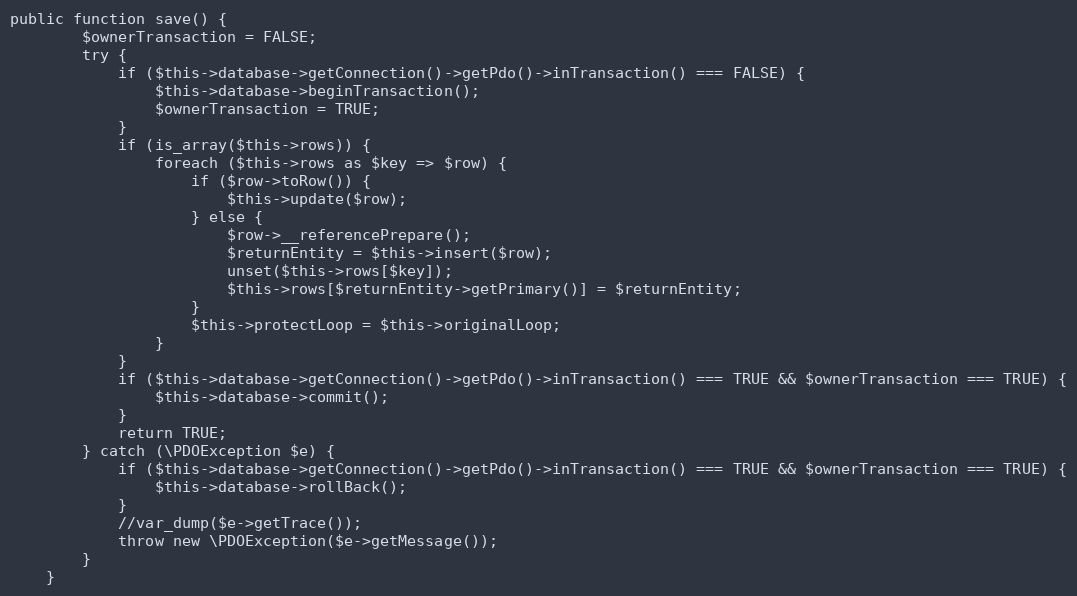
Language: PHP
public function save() {
		$ownerTransaction = FALSE;
		try {
			if ($this->database->getConnection()->getPdo()->inTransaction() === FALSE) {
				$this->database->beginTransaction();
				$ownerTransaction = TRUE;
			}
			if (is_array($this->rows)) {
				foreach ($this->rows as $key => $row) {
					if ($row->toRow()) {
						$this->update($row);
					} else {
						$row->__referencePrepare();
						$returnEntity = $this->insert($row);
						unset($this->rows[$key]);
						$this->rows[$returnEntity->getPrimary()] = $returnEntity;
					}
					$this->protectLoop = $this->originalLoop;
				}
			}
			if ($this->database->getConnection()->getPdo()->inTransaction() === TRUE && $ownerTransaction === TRUE) {
				$this->database->commit();
			}
			return TRUE;
		} catch (\PDOException $e) {
			if ($this->database->getConnection()->getPdo()->inTransaction() === TRUE && $ownerTransaction === TRUE) {
				$this->database->rollBack();
			}
			//var_dump($e->getTrace());
			throw new \PDOException($e->getMessage());
		}
	}